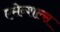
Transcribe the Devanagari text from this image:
एसेन्शल्स